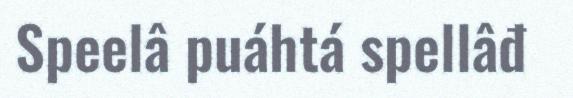
Speelâ puáhtá spellâđ